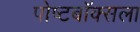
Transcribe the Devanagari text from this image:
पोष्टबॉक्सला